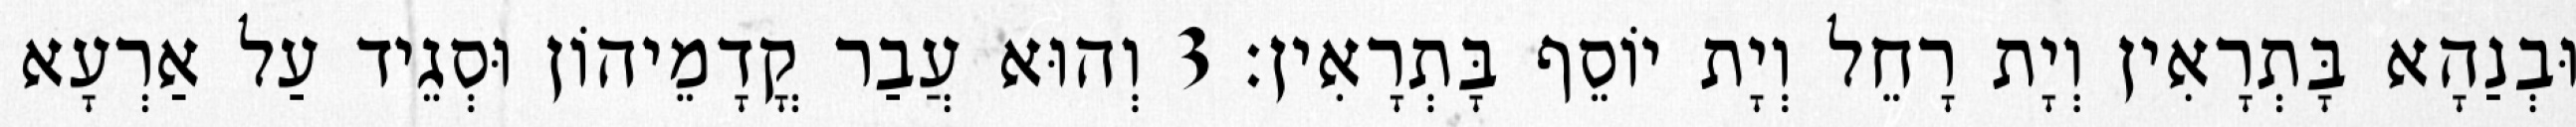
וּבְנַהָא בָּתְרָאִין וְיָת רָחֵל וְיָת יוֹסֵף בָּתְרָאִין׃ 3 וְהוּא עֲבַר קֳדָמֵיהוֹן וּסְגֵיד עַל אַרְעָא